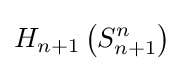
H_{n+1}\left(S_{n+1}^{n}\right)